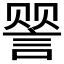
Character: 𬢯